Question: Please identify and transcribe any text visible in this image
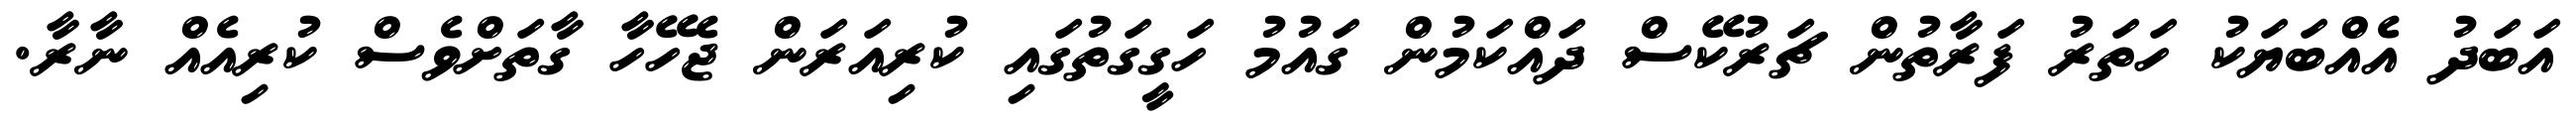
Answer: އަބަދު އެއްބަޔަކު ހަތަރު ފަރާތުން ޗަރުކޭސް ދައްކަމުން ގައުމު ހަގީގަތުގައި ކުރިއަރަން ޖެހޭހާ ގާތަށްވެސް ކުރިއެއް ނާރާ.